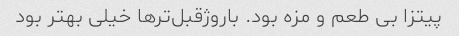
پیتزا بی طعم و مزه بود. باروژقبل‌تر‌ها خیلی بهتر بود